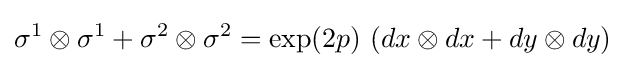
\sigma ^{1}\otimes \sigma ^{1}+\sigma ^{2}\otimes \sigma ^{2}=\exp(2p)\,\left(dx\otimes dx+dy\otimes dy\right)